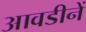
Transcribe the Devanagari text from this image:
आवडीनें